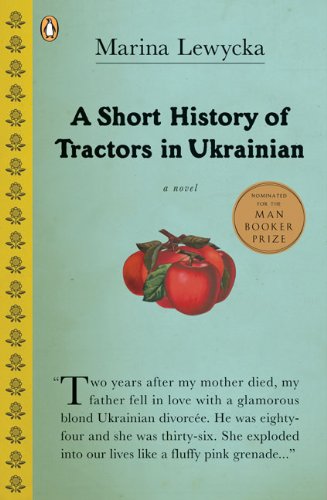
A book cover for A Short History of Tractors in Ukrainian; Marina Lewycka; Literature & Fiction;